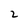
Character: 2